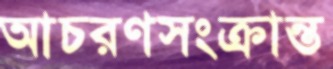
আচরণসংক্রান্ত